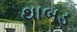
થાબડ